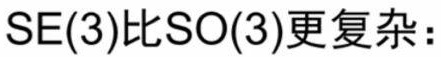
$\mathrm{SE}(3)比\mathrm{SO}(3)更复杂：$